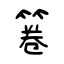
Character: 箞